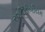
રાઈઝોબીયમ